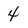
Character: 4